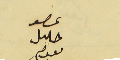
عصو حلىل ىعوم